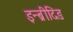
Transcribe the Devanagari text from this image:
इन्ब्रीदिङ